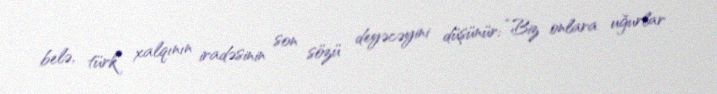
belə, türk xalqının iradəsinin son sözü deyəcəyini düşünür: “Biz onlara uğurlar